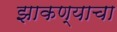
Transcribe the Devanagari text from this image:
झाकण्याचा